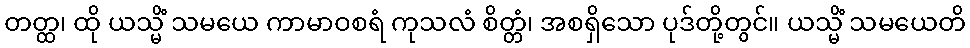
တတ္ထ၊ ထို ယသ္မိံ သမယေ ကာမာဝစရံ ကုသလံ စိတ္တံ၊ အစရှိသော ပုဒ်တို့တွင်။ ယသ္မိံ သမယေတိ